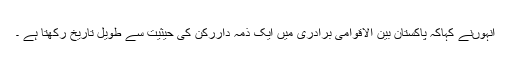
انہوںنے کہاکہ پاکستان بین الاقوامی برادری میں ایک ذمہ داررکن کی حیثیت سے طویل تاریخ رکھتا ہے ۔